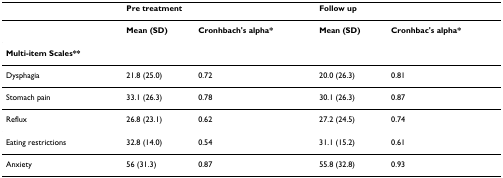
|  | <COLSPAN=2> Pre treatment | <COLSPAN=2> Follow up |
 | --- | --- | --- | --- | --- |
 |  | Mean (SD) | Cronhbach's alpha* | Mean (SD) | Cronhbac's alpha* |
 | Multi-item Scales** |  |  |  |  |
 | Dysphagia | 21.8 (25.0) | 0.72 | 20.0 (26.3) | 0.81 |
 | Stomach pain | 33.1 (26.3) | 0.78 | 30.1 (26.3) | 0.87 |
 | Reflux | 26.8 (23.1) | 0.62 | 27.2 (24.5) | 0.74 |
 | Eating restrictions | 32.8 (14.0) | 0.54 | 31.1 (15.2) | 0.61 |
 | Anxiety | 56 (31.3) | 0.87 | 55.8 (32.8) | 0.93 |